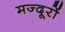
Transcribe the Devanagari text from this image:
मज्दूरों